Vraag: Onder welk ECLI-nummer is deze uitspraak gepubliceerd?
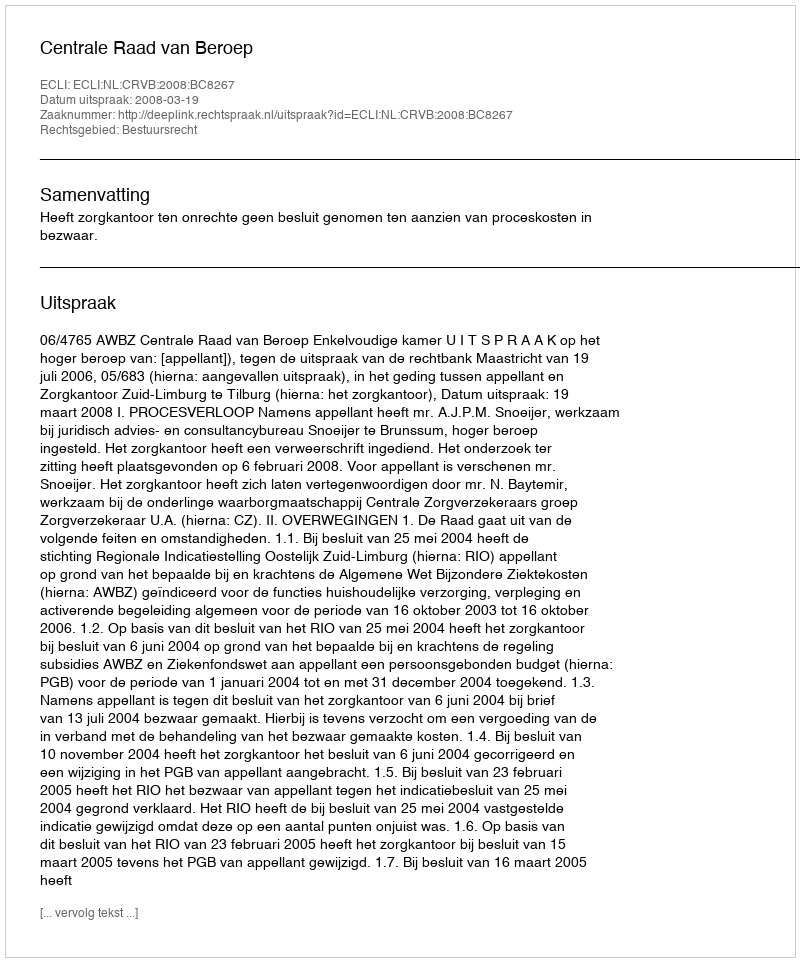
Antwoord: ECLI:NL:CRVB:2008:BC8267